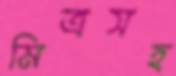
মিত্রসহ